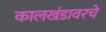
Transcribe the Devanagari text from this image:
कालखंडावरचे